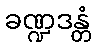
ခဏ္ဍဒန္တံ